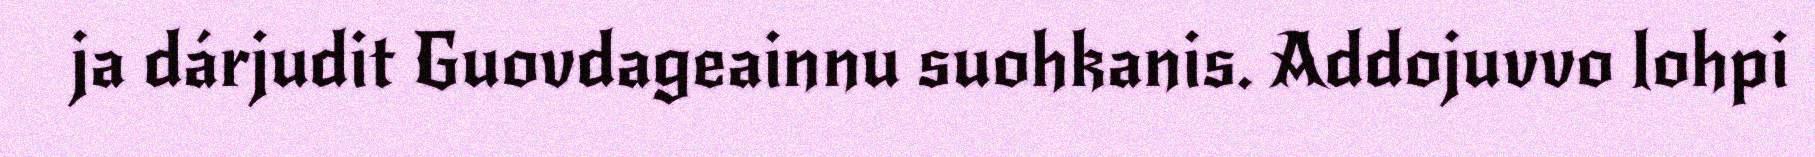
ja dárjudit Guovdageainnu suohkanis. Addojuvvo lohpi